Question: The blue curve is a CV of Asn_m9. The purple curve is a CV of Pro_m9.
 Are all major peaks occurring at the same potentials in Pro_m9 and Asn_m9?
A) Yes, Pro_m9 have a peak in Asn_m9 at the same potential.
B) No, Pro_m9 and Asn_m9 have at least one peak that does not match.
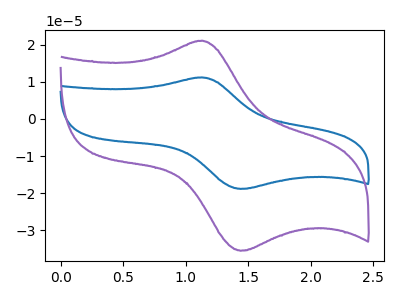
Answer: <think>The blue curve "Asn_m9" has an anodic peak at (1.15V, 11.20uA) and a cathodic peak at (1.45V, -18.85uA). The purple curve "Pro_m9" has an anodic peak at (1.15V, 21.05uA) and a cathodic peak at (1.45V, -35.45uA).</think>
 <answer>A) Yes, "Pro_m9" have a peak in "Asn_m9" at the same potential.</answer>
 <eval>A</eval>